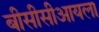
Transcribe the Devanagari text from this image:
बीसीसीआयला